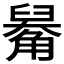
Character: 𧤑